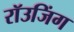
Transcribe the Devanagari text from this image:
रॉउजिंग